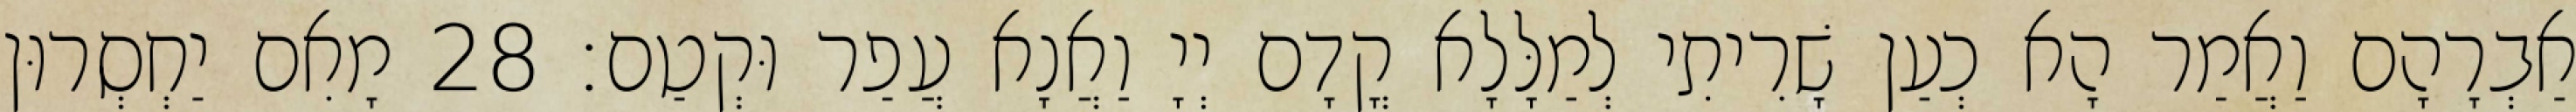
אַבְרָהָם וַאֲמַר הָא כְעַן שָׁרִיתִי לְמַלָּלָא קֳדָם יְיָ וַאֲנָא עֲפַר וּקְטַם׃ 28 מָאִם יַחְסְרוּן